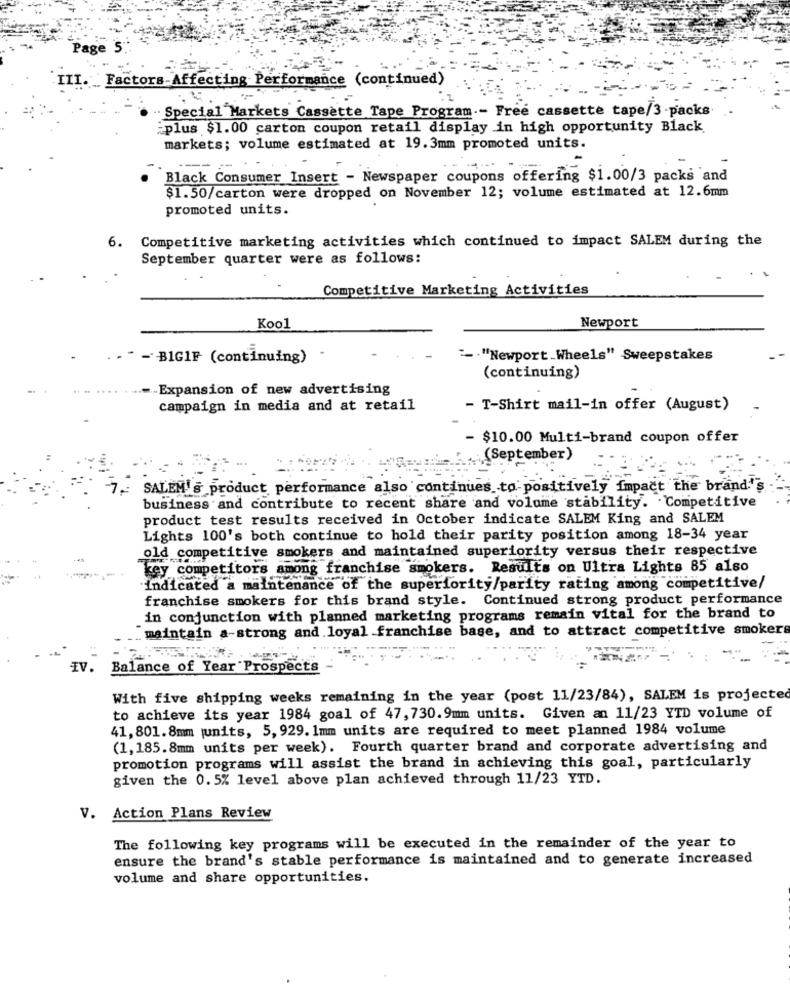
Page !
III. Factors Affecting Performance (continued)
. Special Markets Cassette Tape Program .- Free cassette tape/3 -packs.
:plus $1.00 carton coupon retail display in high opportunity Black
markets; volume estimated at 19.3mm promoted units.
Black Consumer Insert - Newspaper coupons offering $1.00/3 packs and
$1.50/carton were dropped on November 12; volume estimated at 12.6mm
promoted units.
Competitive marketing activities which continued to impact SALEM during the
6.
September quarter were as follows:
Competitive Marketing Activities
Newport
Kool
. . " - BIGIF (continuing)
:- "Newport Wheels" Sweepstakes
(continuing)
-- Expansion of new advertising
campaign in media and at retail
- T-Shirt mail-in offer (August)
- $10.00 Multi-brand coupon offer
(September)
SALEM's product performance also continues to positively impact the brand.''s
business and contribute to recent share and volume stability. . Competitive
product test results received in October indicate SALEM King and SALEM
Lights 100's both continue to hold their parity position among 18-34 year
old competitive smokers and maintained superiority versus their respective
key competitors among franchise smokers. Results on Ultra Lights 85 also
Indicated a maintenance of the superiority/parity rating among comp
competitive/
franchise smokers for this brand style. Continued strong product performance
in conjunction with planned marketing programs remain vital for the brand to
.maintain a-strong and loyal franchise base, and to attract competitive smoker
IV.
Balance of Year Prospects
With five shipping weeks remaining in the year (post 11/23/84), SALEM is projected
to achieve its year 1984 goal of 47,730.9mm units. Given an 11/23 YTD volume of
41, 801.8mm |units, 5, 929. 1mm units are required to meet planned 1984 volume
(1,185.8mm units per week). Fourth quarter brand and corporate advertising and
promotion programs will assist the brand in achieving this goal, particularly
given the 0. 5% level above plan achieved through 11/23 YTD.
V. Action Plans Review
The following key programs will be executed in the remainder of the year to
ensure the brand's stable performance is maintained and to generate increased
volume and share opportunities.